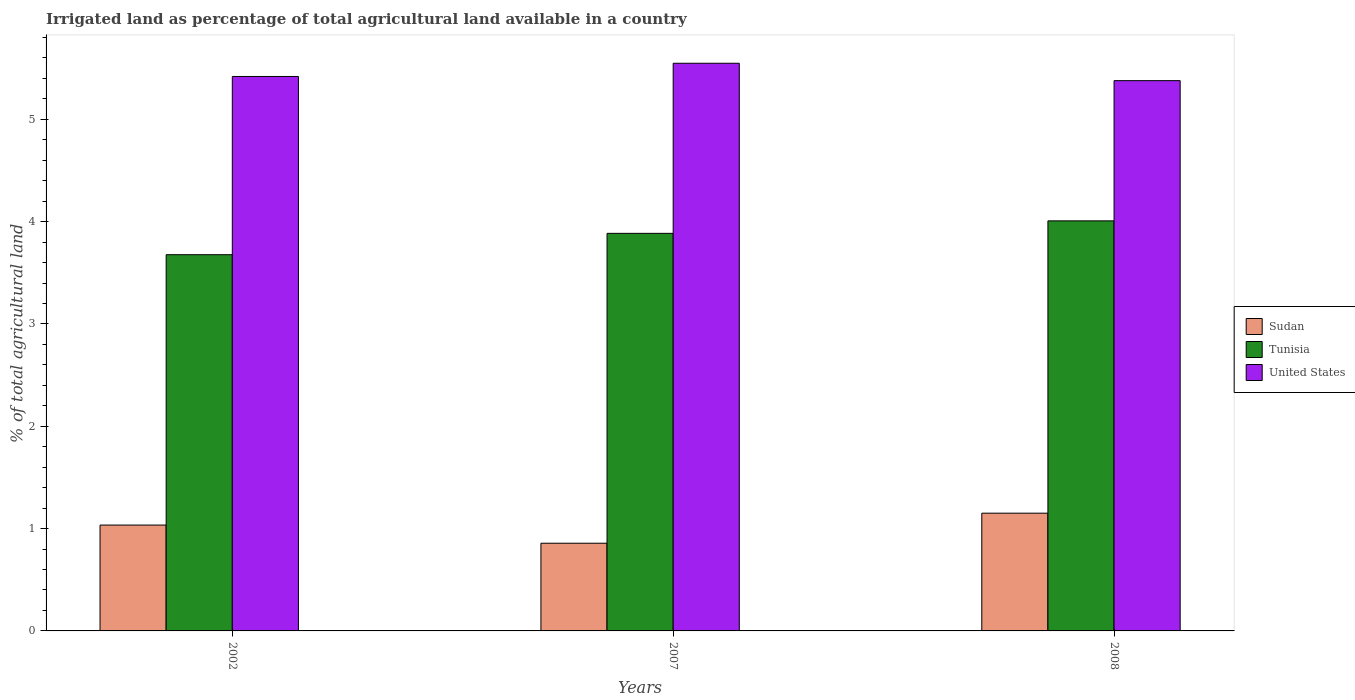
| Years | Sudan | Tunisia | United States |
 | --- | --- | --- | --- |
 | 2002 | 1.03 | 3.68 | 5.42 |
 | 2007 | 0.857 | 3.89 | 5.55 |
 | 2008 | 1.15 | 4.01 | 5.38 |